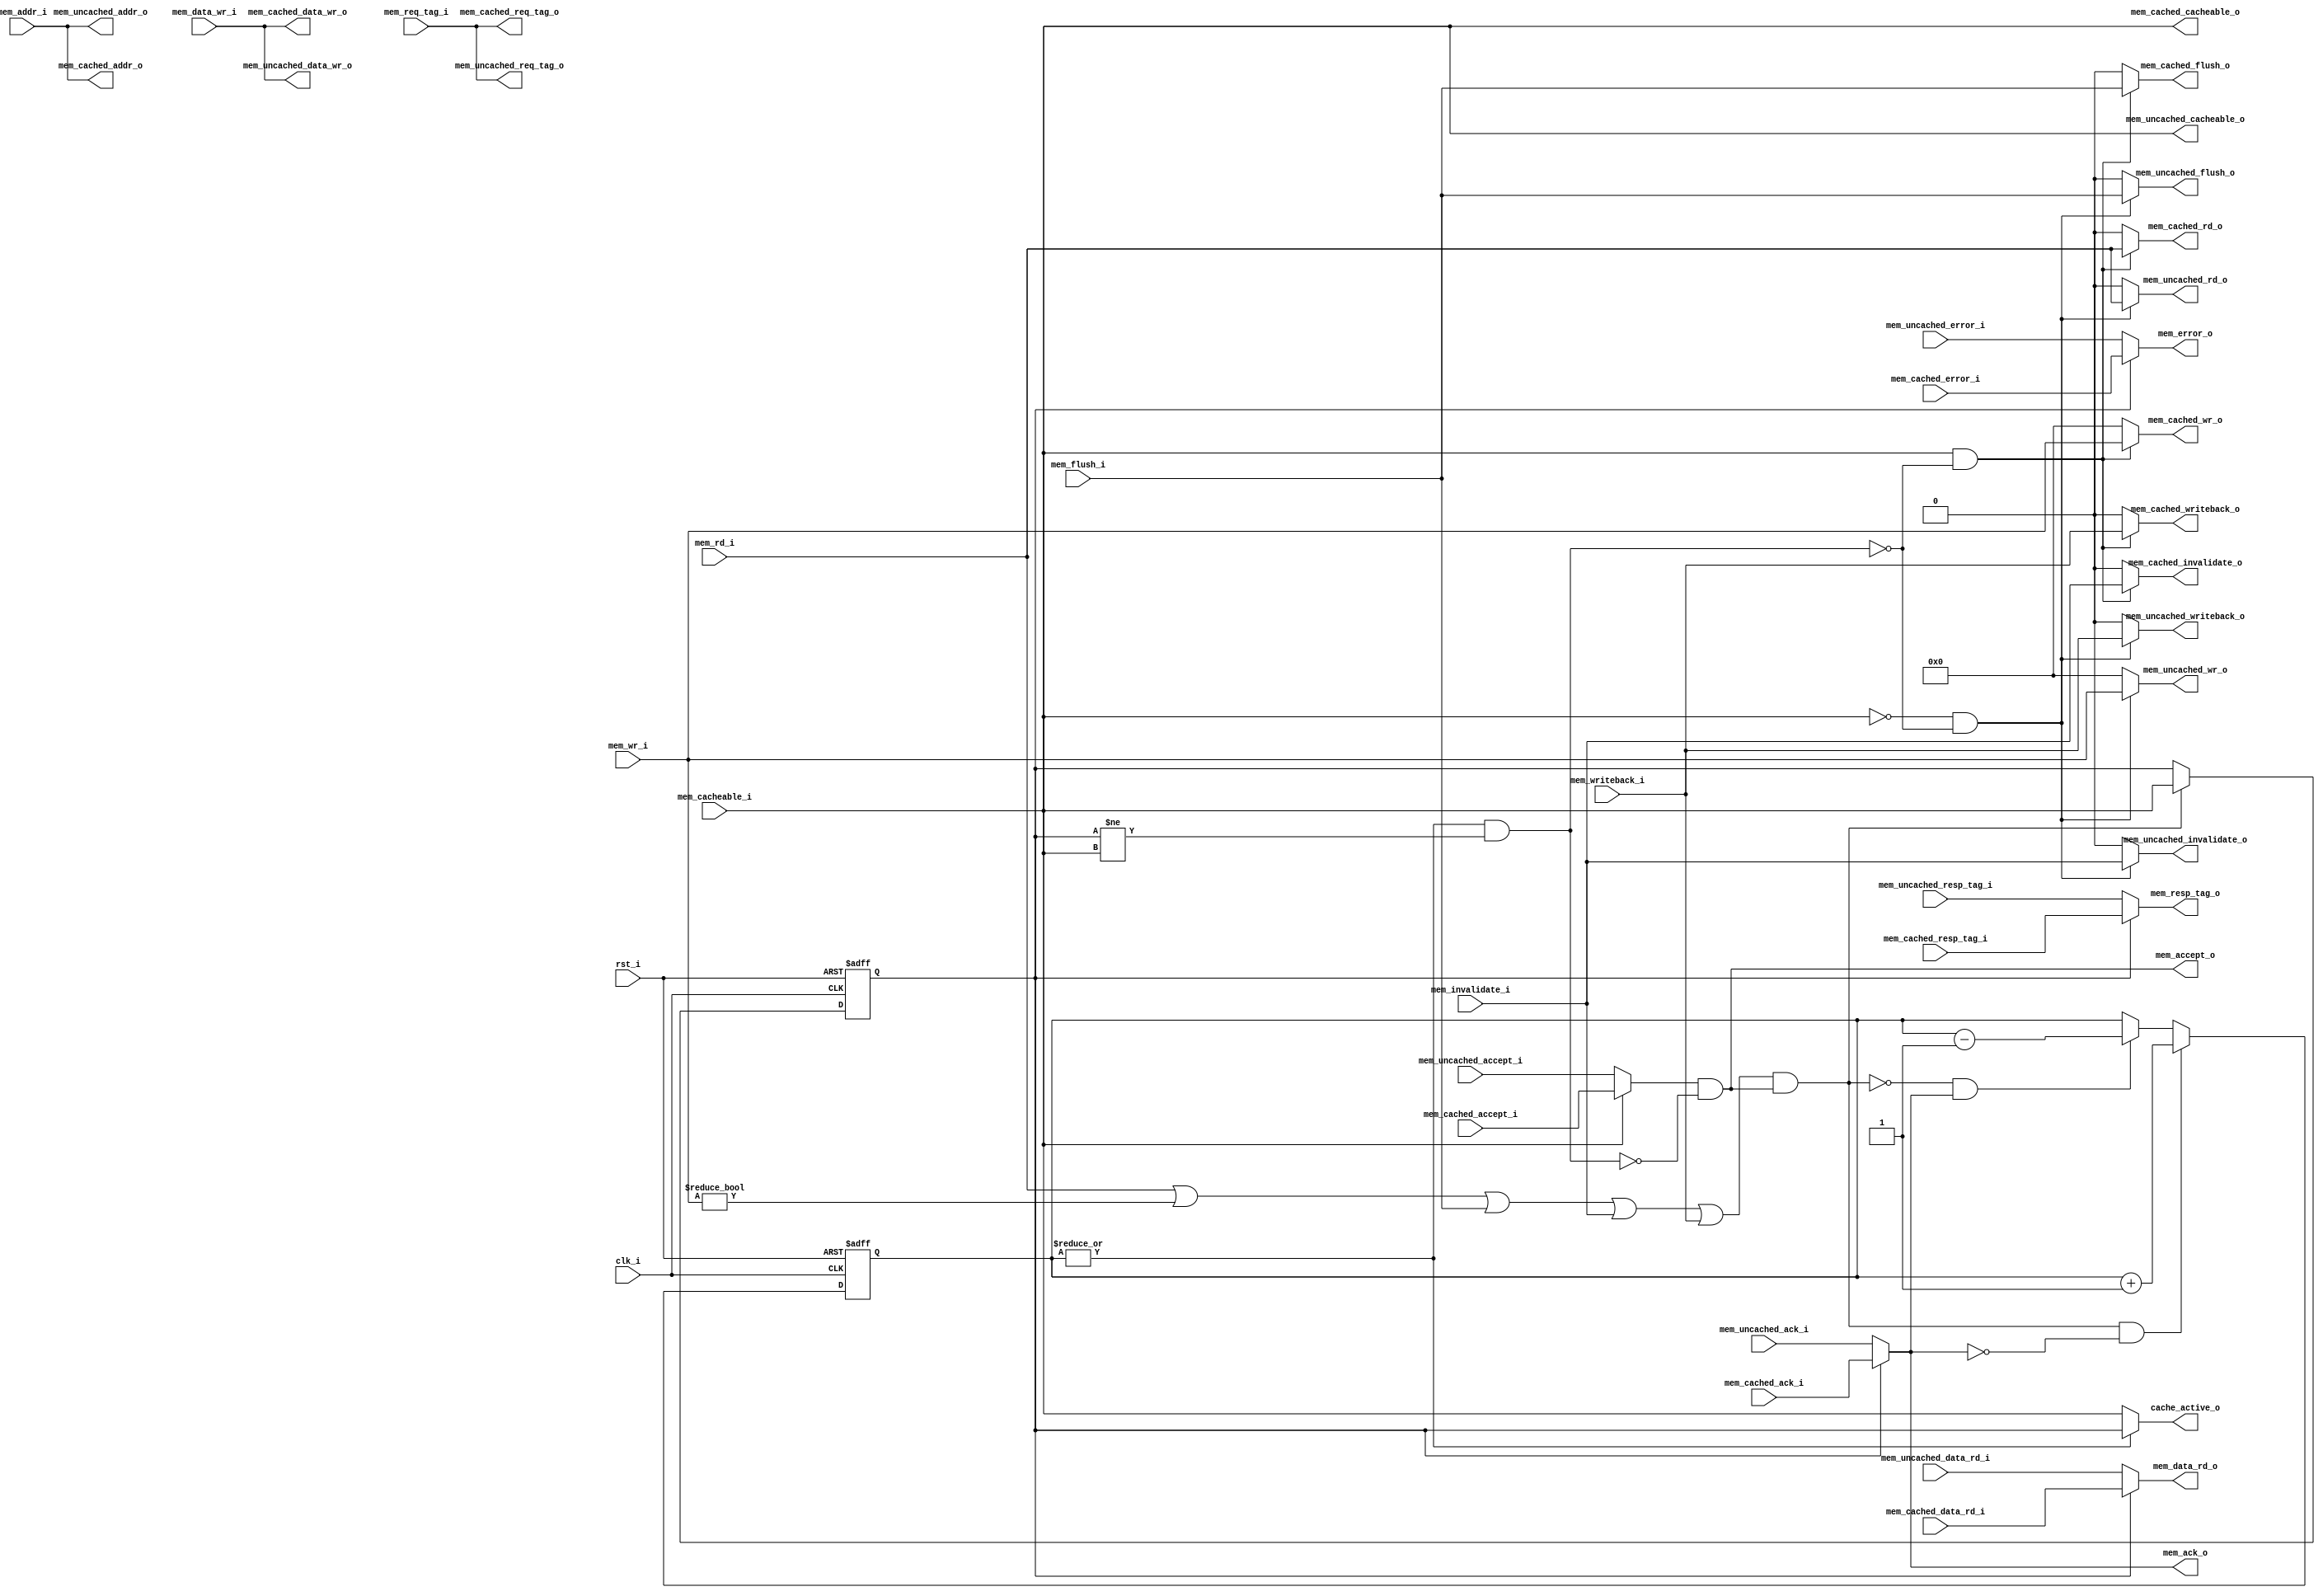
module dcache_mux
(
     input           clk_i
    ,input           rst_i
    ,input  [ 31:0]  mem_addr_i
    ,input  [ 31:0]  mem_data_wr_i
    ,input           mem_rd_i
    ,input  [  3:0]  mem_wr_i
    ,input           mem_cacheable_i
    ,input  [ 10:0]  mem_req_tag_i
    ,input           mem_invalidate_i
    ,input           mem_writeback_i
    ,input           mem_flush_i
    ,input  [ 31:0]  mem_cached_data_rd_i
    ,input           mem_cached_accept_i
    ,input           mem_cached_ack_i
    ,input           mem_cached_error_i
    ,input  [ 10:0]  mem_cached_resp_tag_i
    ,input  [ 31:0]  mem_uncached_data_rd_i
    ,input           mem_uncached_accept_i
    ,input           mem_uncached_ack_i
    ,input           mem_uncached_error_i
    ,input  [ 10:0]  mem_uncached_resp_tag_i
    ,output [ 31:0]  mem_data_rd_o
    ,output          mem_accept_o
    ,output          mem_ack_o
    ,output          mem_error_o
    ,output [ 10:0]  mem_resp_tag_o
    ,output [ 31:0]  mem_cached_addr_o
    ,output [ 31:0]  mem_cached_data_wr_o
    ,output          mem_cached_rd_o
    ,output [  3:0]  mem_cached_wr_o
    ,output          mem_cached_cacheable_o
    ,output [ 10:0]  mem_cached_req_tag_o
    ,output          mem_cached_invalidate_o
    ,output          mem_cached_writeback_o
    ,output          mem_cached_flush_o
    ,output [ 31:0]  mem_uncached_addr_o
    ,output [ 31:0]  mem_uncached_data_wr_o
    ,output          mem_uncached_rd_o
    ,output [  3:0]  mem_uncached_wr_o
    ,output          mem_uncached_cacheable_o
    ,output [ 10:0]  mem_uncached_req_tag_o
    ,output          mem_uncached_invalidate_o
    ,output          mem_uncached_writeback_o
    ,output          mem_uncached_flush_o
    ,output          cache_active_o
);
wire hold_w;
reg  cache_access_q;
assign mem_cached_addr_o         = mem_addr_i;
assign mem_cached_data_wr_o      = mem_data_wr_i;
assign mem_cached_rd_o           = (mem_cacheable_i & ~hold_w) ? mem_rd_i : 1'b0;
assign mem_cached_wr_o           = (mem_cacheable_i & ~hold_w) ? mem_wr_i : 4'b0;
assign mem_cached_cacheable_o    = mem_cacheable_i;
assign mem_cached_req_tag_o      = mem_req_tag_i;
assign mem_cached_invalidate_o   = (mem_cacheable_i & ~hold_w) ? mem_invalidate_i : 1'b0;
assign mem_cached_writeback_o    = (mem_cacheable_i & ~hold_w) ? mem_writeback_i : 1'b0;
assign mem_cached_flush_o        = (mem_cacheable_i & ~hold_w) ? mem_flush_i : 1'b0;
assign mem_uncached_addr_o       = mem_addr_i;
assign mem_uncached_data_wr_o    = mem_data_wr_i;
assign mem_uncached_rd_o         = (~mem_cacheable_i & ~hold_w) ? mem_rd_i : 1'b0;
assign mem_uncached_wr_o         = (~mem_cacheable_i & ~hold_w) ? mem_wr_i : 4'b0;
assign mem_uncached_cacheable_o  = mem_cacheable_i;
assign mem_uncached_req_tag_o    = mem_req_tag_i;
assign mem_uncached_invalidate_o = (~mem_cacheable_i & ~hold_w) ? mem_invalidate_i : 1'b0;
assign mem_uncached_writeback_o  = (~mem_cacheable_i & ~hold_w) ? mem_writeback_i : 1'b0;
assign mem_uncached_flush_o      = (~mem_cacheable_i & ~hold_w) ? mem_flush_i : 1'b0;
assign mem_accept_o              =(mem_cacheable_i ? mem_cached_accept_i  : mem_uncached_accept_i) & !hold_w;
assign mem_data_rd_o             = cache_access_q ? mem_cached_data_rd_i  : mem_uncached_data_rd_i;
assign mem_ack_o                 = cache_access_q ? mem_cached_ack_i      : mem_uncached_ack_i;
assign mem_error_o               = cache_access_q ? mem_cached_error_i    : mem_uncached_error_i;
assign mem_resp_tag_o            = cache_access_q ? mem_cached_resp_tag_i : mem_uncached_resp_tag_i;
wire      request_w              = mem_rd_i | mem_wr_i != 4'b0 | mem_flush_i | mem_invalidate_i | mem_writeback_i;
reg [4:0] pending_r;
reg [4:0] pending_q;
always @ *
begin
    pending_r = pending_q;
    if ((request_w && mem_accept_o) && !mem_ack_o)
        pending_r = pending_r + 5'd1;
    else if (!(request_w && mem_accept_o) && mem_ack_o)
        pending_r = pending_r - 5'd1;
end
always @ (posedge clk_i or posedge rst_i)
if (rst_i)
    pending_q <= 5'b0;
else
    pending_q <= pending_r;
always @ (posedge clk_i or posedge rst_i)
if (rst_i)
    cache_access_q <= 1'b0;
else if (request_w && mem_accept_o)
    cache_access_q <= mem_cacheable_i;
assign hold_w = (|pending_q) && (cache_access_q != mem_cacheable_i);
assign cache_active_o = (|pending_q) ? cache_access_q : mem_cacheable_i;
endmodule